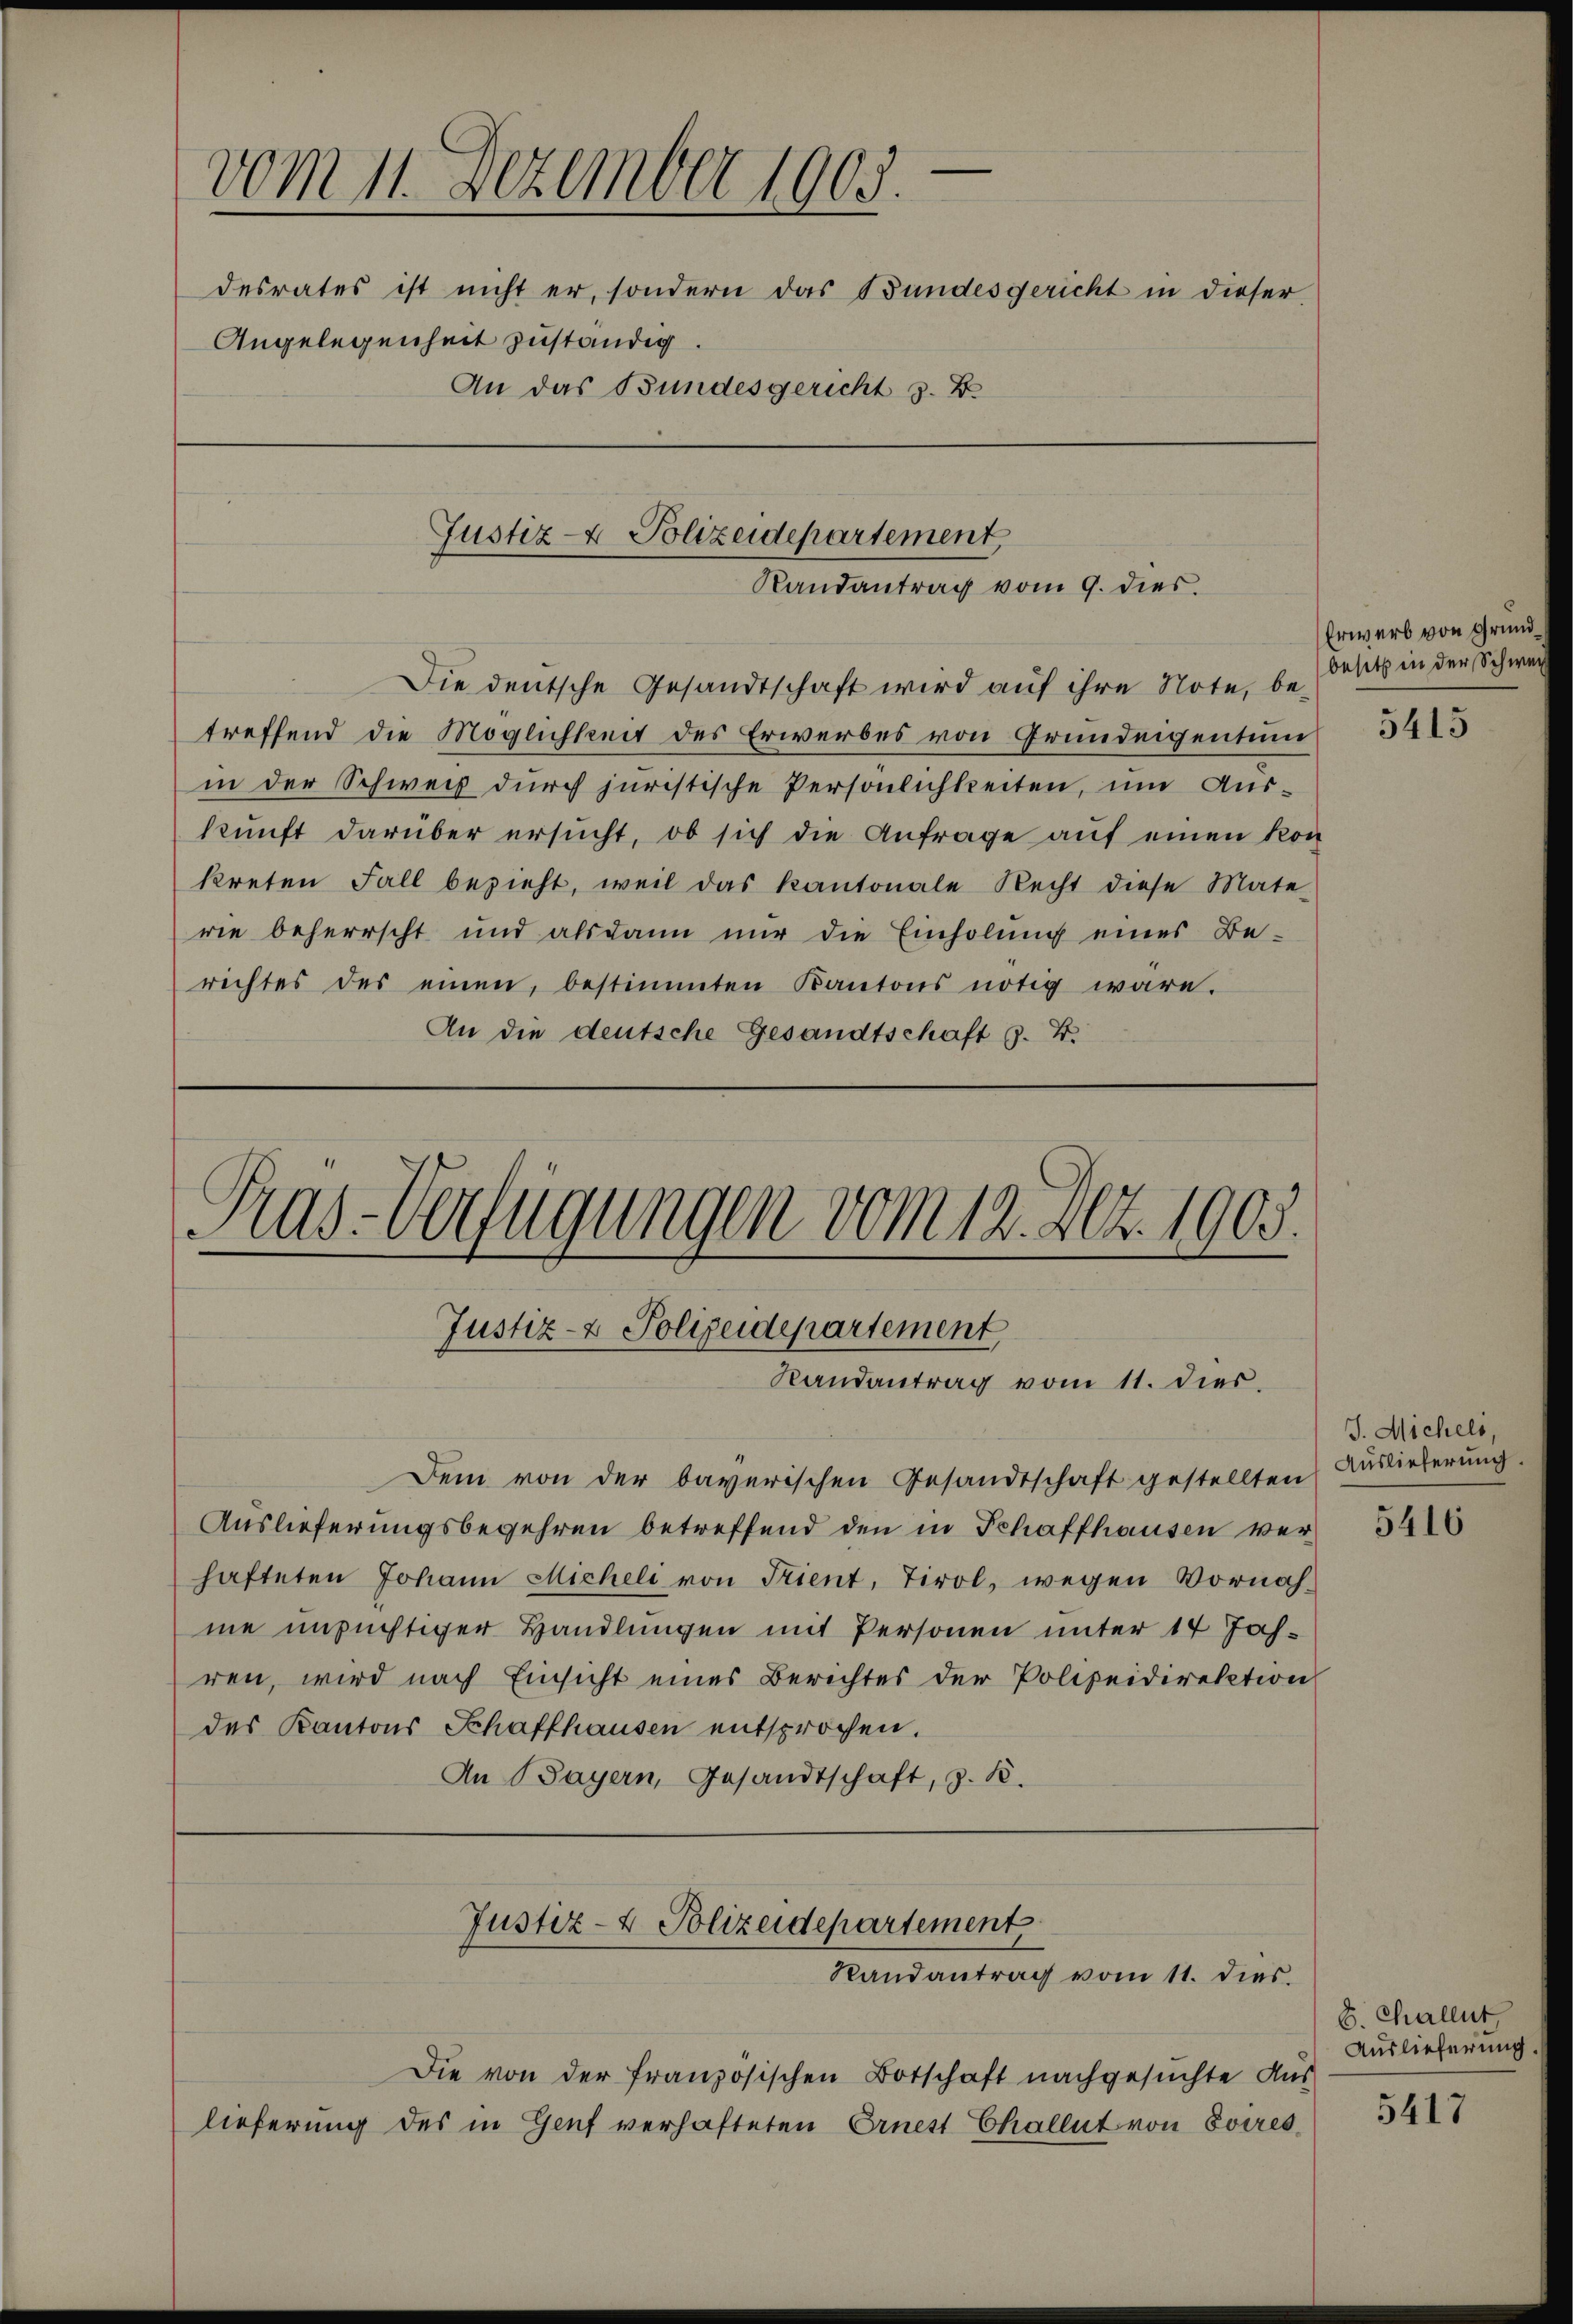
.
vom 11. Dezember 1903.
desrates ist nicht er, sondern das Bundesgericht in dieser
Angelegenheit zuständig.
An das Bundesgericht s. B.

.

Justiz- & Polizeidepartement
Randantrag vom 9. dies

Die deutsche Gesandtschaft wird auf ihre Note, betreffend die Möglichkeit des Erwerbes von Grundeigentum
in der Schweiz durch juristische Persönlichkeiten, um Auskunft darüber ersucht, ob sich die Anfrage auf einen Kon
kreten Fall bezieht, weil das kantonale Recht diese Mate-
rie beherrscht und alsdann nur die Einholung eines Be-
richtes des einen, bestimmten Kantons nötig wäre.
An die deutsche Gesandtschaft z. B.

Justiz- & Polizeidepartement
Randantrag vom 11. dies

tas-Verfügungen vom 12. Art. 1905.

Dem von der bayerischen Gesandtschaft gestellten Auslieferung
Auslieferungsbegehren betreffend den in Schaffhausen verhafteten Johann Micheli von Trient, Tirol, wegen Vornahme unsüchtiger Handlungen mit Personen unter 14 Jahren, wird nach Einsicht eines Berichtes der Polizeidirektion
des Kantons Schaffhausen entsprochen.
An Bayern, Gesandtschaft, z. B.

Justiz- & Polizeidepartement
Randantrag vom 11. dies

Die von der französischen Botschaft nachgesuchte Auslieferung des in Genf verhafteten Ernest Challet von Soires

Erwerb von Grundbesitz in der Schwe

5415

J. Michels,

5416

8. Challut
Auslieferung

5417